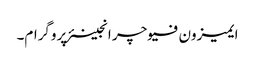
ایمیزون فیوچر انجینئر پروگرام۔